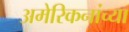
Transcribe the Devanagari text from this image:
अमेरिकनांच्या